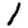
Digit: 1